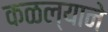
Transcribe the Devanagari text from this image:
कळल्याने